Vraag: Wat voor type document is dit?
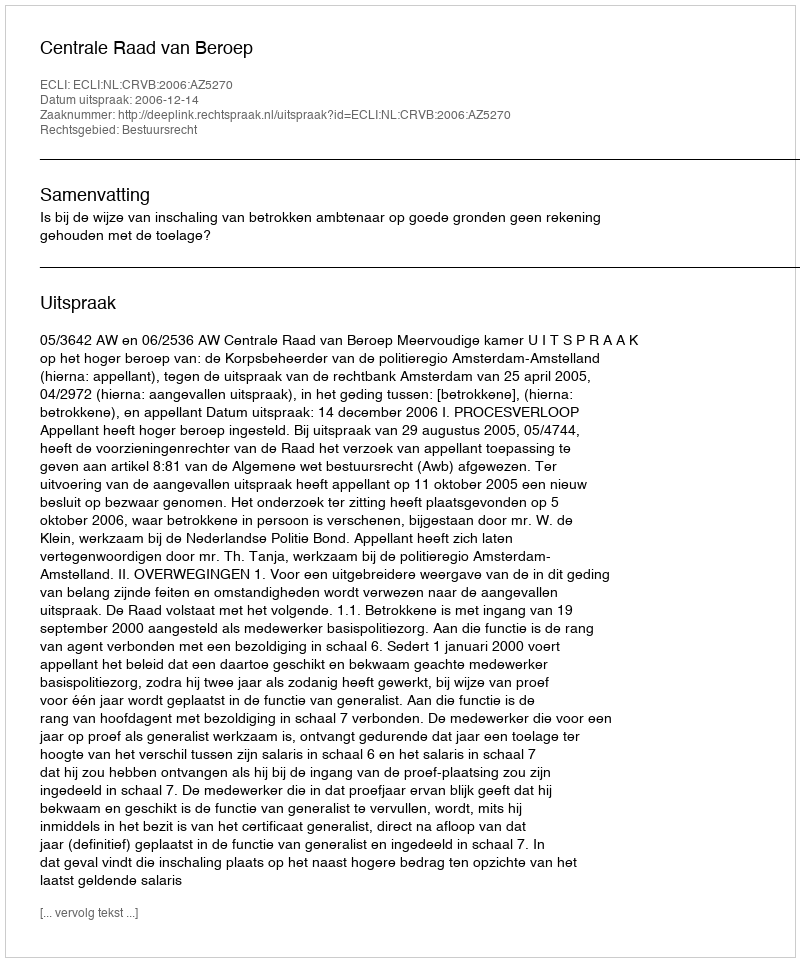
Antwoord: Uitspraak